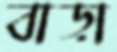
বাড়া